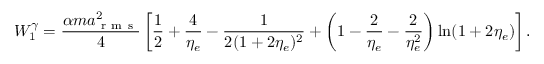
W _ { 1 } ^ { \gamma } = \frac { \alpha m a _ { \mathrm { ~ r ~ m ~ s ~ } } ^ { 2 } } { 4 } \left[ \frac { 1 } { 2 } + \frac { 4 } { \eta _ { e } } - \frac { 1 } { 2 ( 1 + 2 \eta _ { e } ) ^ { 2 } } + \left( 1 - \frac { 2 } { \eta _ { e } } - \frac { 2 } { \eta _ { e } ^ { 2 } } \right) \ln ( 1 + 2 \eta _ { e } ) \right] .